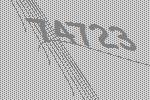
74723